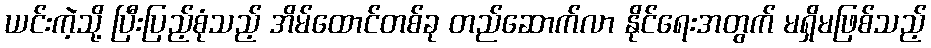
ယင်းကဲ့သို့ ပြီးပြည့်စုံသည့် အိမ်ထောင်တစ်ခု တည်ဆောက်လာ နိုင်ရေးအတွက် မရှိမဖြစ်သည့်